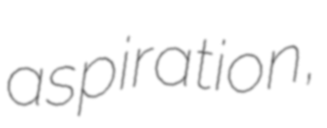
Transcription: aspiration,